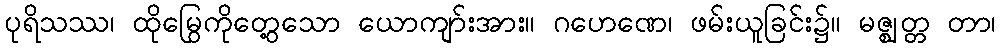
ပုရိသဿ၊ ထိုမြွေကိုတွေ့သော ယောကျာ်းအား။ ဂဟေဏေ၊ ဖမ်းယူခြင်း၌။ မဇ္ဈတ္တ တာ၊